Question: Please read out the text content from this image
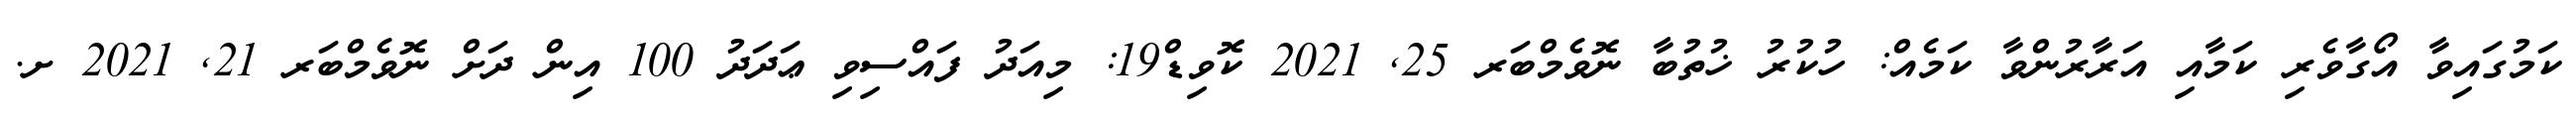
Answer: ކަމުގައިވާ އޯގާވެރި ކަމާއި އަރާރުންވާ ކަމެއް: ހުކުރު ޚުތުބާ ނޮވެމްބަރ 25, 2021 ކޮވިޑް19: މިއަދު ފައްސިވި ޢަދަދު 100 އިން ދަށް ނޮވެމްބަރ 21, 2021 ށ.